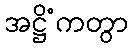
အဋ္ဌိံကတွာ